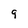
Character: 9